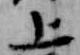
上